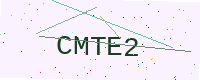
Text: CMTE2